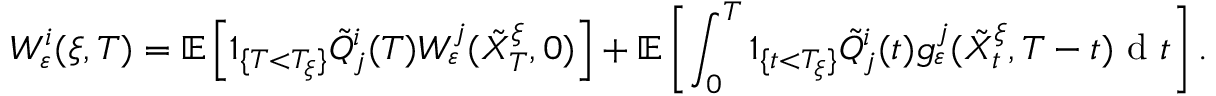
W _ { \varepsilon } ^ { i } ( \xi , T ) = \mathbb { E } \left[ 1 _ { \{ T < T _ { \xi } \} } \tilde { Q } _ { j } ^ { i } ( T ) W _ { \varepsilon } ^ { j } ( \tilde { X } _ { T } ^ { \xi } , 0 ) \right] + \mathbb { E } \left[ \int _ { 0 } ^ { T } 1 _ { \{ t < T _ { \xi } \} } \tilde { Q } _ { j } ^ { i } ( t ) g _ { \varepsilon } ^ { j } ( \tilde { X } _ { t } ^ { \xi } , T - t ) \textrm { d } t \right] .